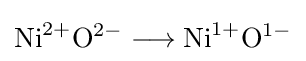
\mathrm {Ni} ^{2+}\mathrm {O} ^{2-}\longrightarrow \mathrm {Ni} ^{1+}\mathrm {O} ^{1-}